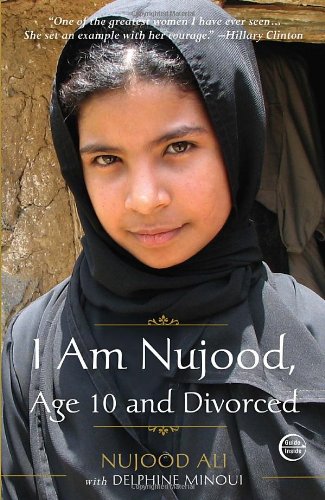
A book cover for I Am Nujood, Age 10 and Divorced; Nujood Ali; Law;